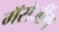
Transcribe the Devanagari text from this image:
मॅसेजींग